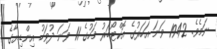
ނަމެވެ. 1942 ވަނަ އަހަރުގެ އޮކްޓޯބަރު މަހުގެ 11 ވަނަ ދުވަހު އިންޑިޔާގެ